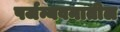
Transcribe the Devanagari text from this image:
पर्जन्यवनातील